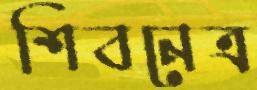
শিবনেত্র